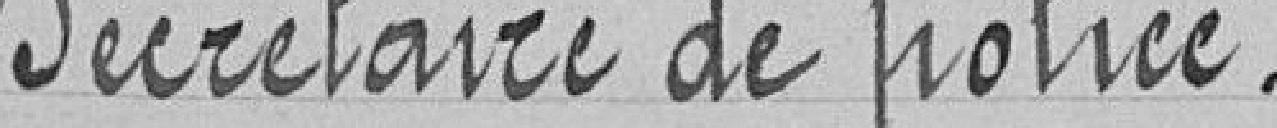
secrétaire de police